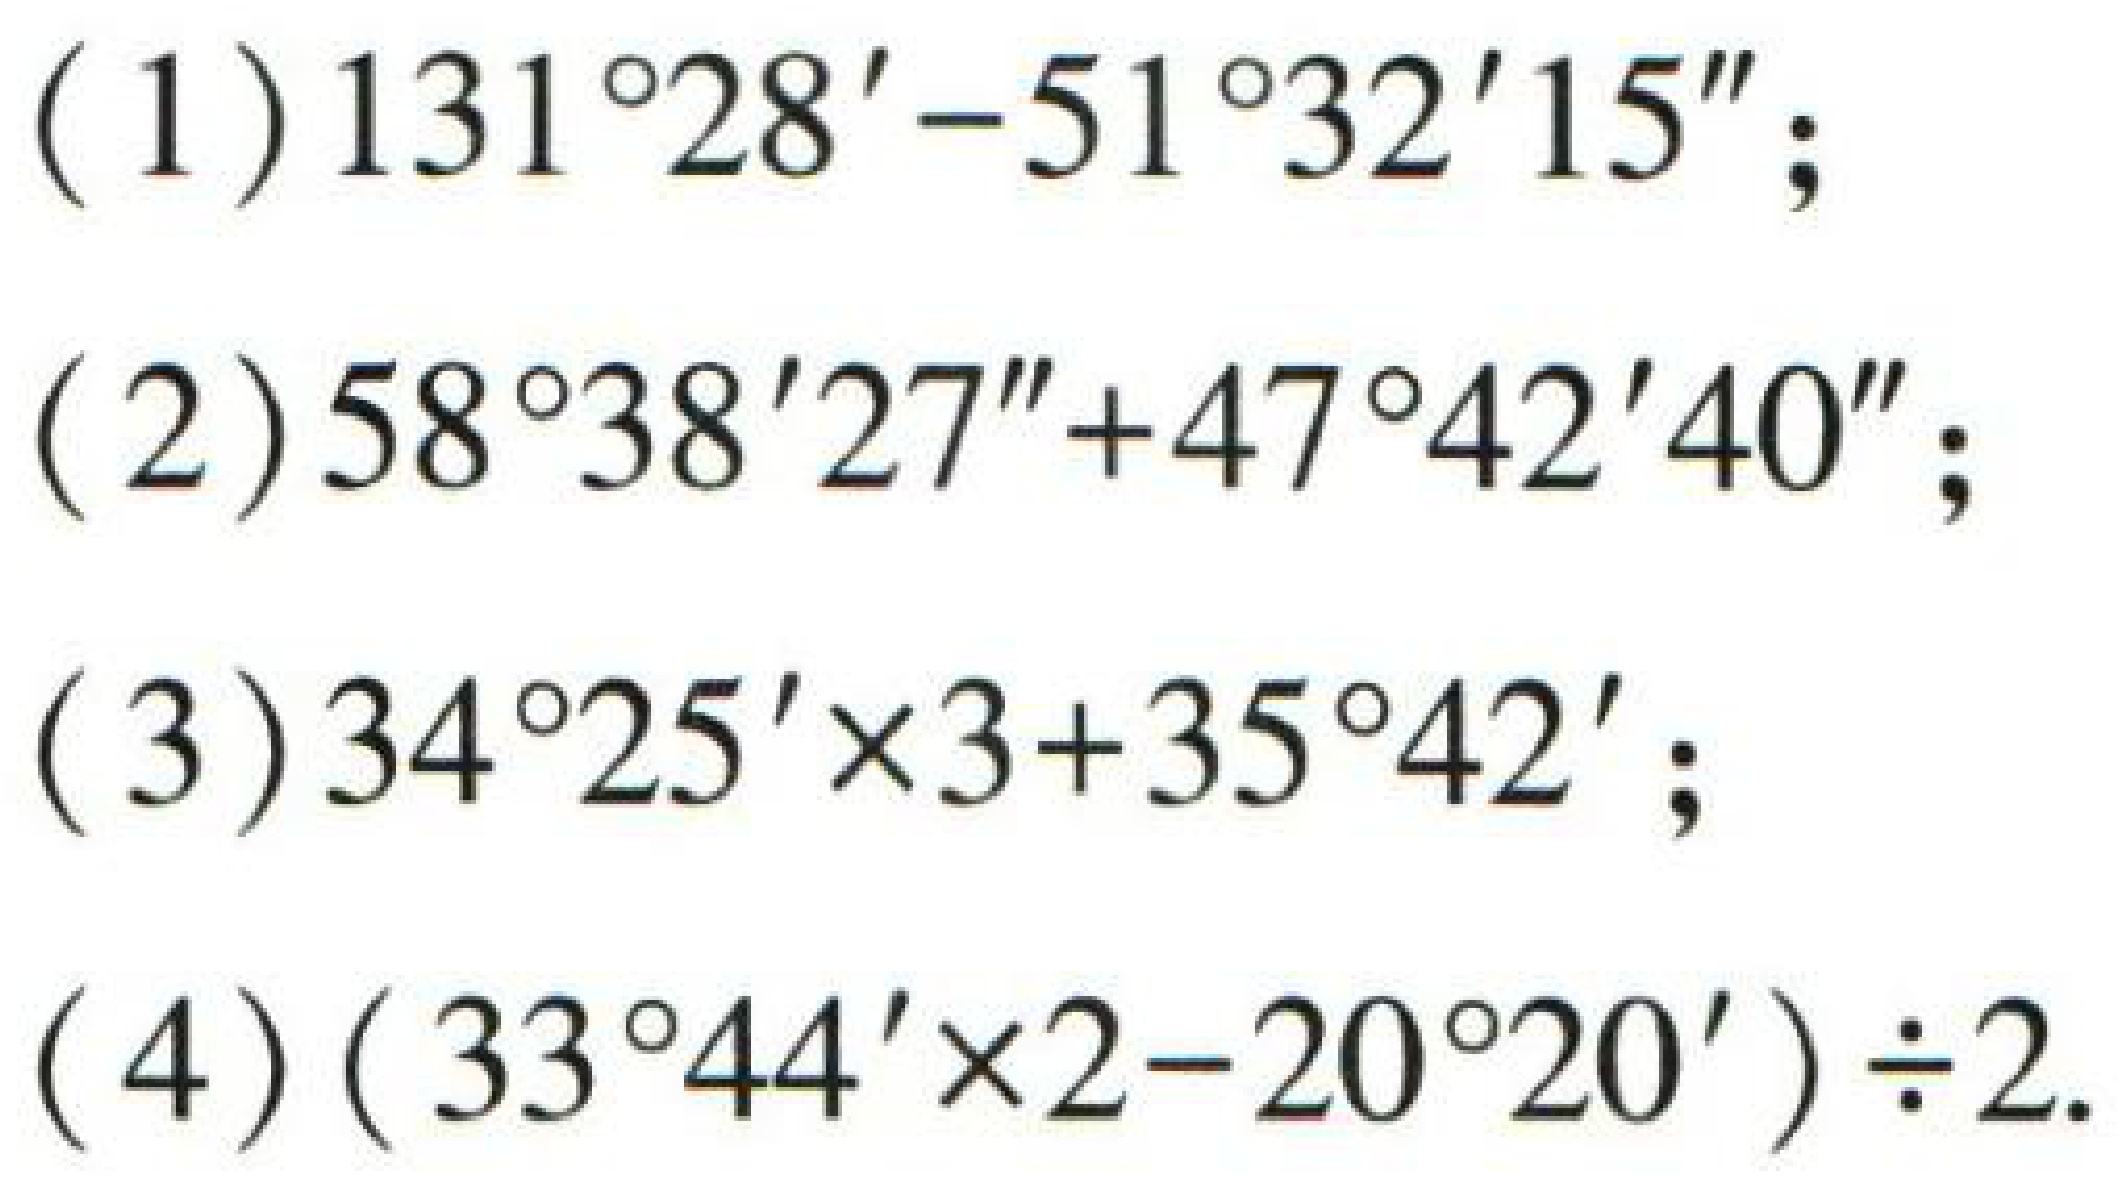
(1) \(131^{\circ}28'-51^{\circ}32'15''\);

(2) \(58^{\circ}38'27'' + 47^{\circ}42'40''\);

(3) \(34^{\circ}25'\times3 + 35^{\circ}42'\);

(4) \((33^{\circ}44'\times2 - 20^{\circ}20')\div2\).